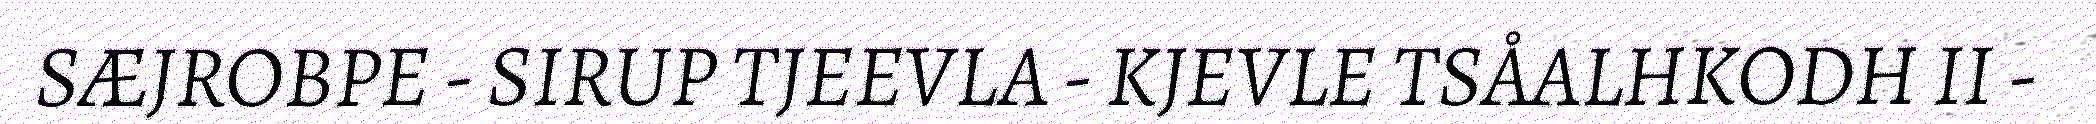
SÆJROBPE - SIRUP TJEEVLA - KJEVLE TSÅALHKODH II -